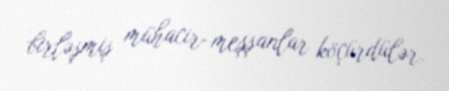
birləşmiş mühacir-meşşanlar köçürdülər.